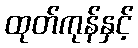
ထုတ်ကုန်နှင့်